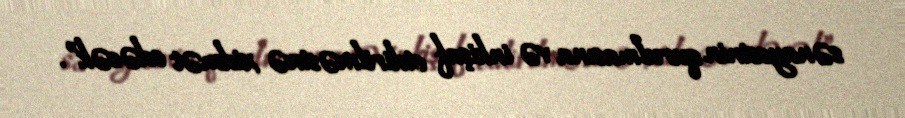
sənayesinin qurulmasına və inkişaf etdirilməsinə xidmət edəcək”.